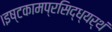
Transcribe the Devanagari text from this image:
।इष्टकामप्रसिद्ध्यर्थं